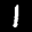
Label: 1